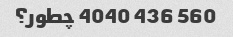
560 436 4040 چطور؟